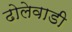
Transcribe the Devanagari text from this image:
ढोलेवाडी